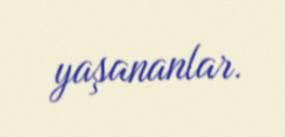
yaşananlar.